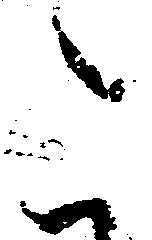
こ